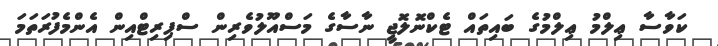
ކަވާސާ ޢިލްމު ޢިލްމުގެ ބައިތައް ޓެކްނޮލޮޖީ ނާސާގެ މަސްއޫލުވެރިން ސްޕިރިޓްއިން އެންމެފުރަތަމަ